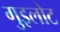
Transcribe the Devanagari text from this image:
गुइलोट